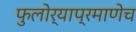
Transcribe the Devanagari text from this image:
फुलोर्‍याप्रमाणेच